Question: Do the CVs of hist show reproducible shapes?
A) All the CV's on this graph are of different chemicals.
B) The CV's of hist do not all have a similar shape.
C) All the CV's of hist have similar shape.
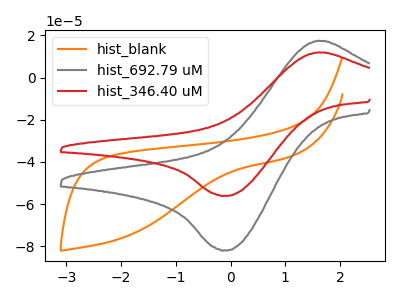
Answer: <think>The orange curve "hist_blank" has no peaks. The gray curve "hist_692.79 uM" has an anodic peak at (1.60V, 17.40uA) and a cathodic peak at (-0.10V, -81.90uA). The red curve "hist_346.40 uM" has an anodic peak at (1.60V, 11.90uA) and a cathodic peak at (-0.10V, -56.05uA).
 "hist_blank" and "hist_692.79 uM" have a different number of peaks. "hist_blank" and "hist_346.40 uM" have a different number of peaks. All the peaks in "hist_692.79 uM" have a peak in "hist_346.40 uM" at the same potential. Every peak in "hist_692.79 uM" is higher than every peak in "hist_346.40 uM".</think>
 <answer>C) All the CV's of "hist" have similar shape.</answer>
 <eval>C</eval>